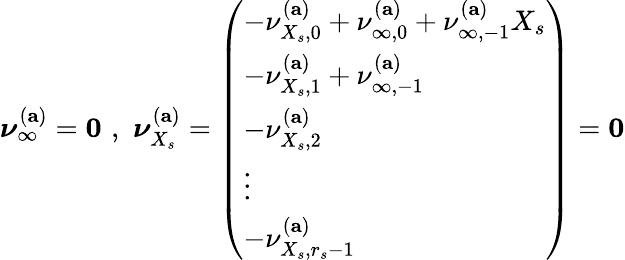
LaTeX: \boldsymbol{\nu}_{\infty}^{(\mathbf{a})}=\mathbf{0}\, \, ,\, \, \boldsymbol{\nu}_{X_{s}}^{(\mathbf{a})}=\left(\begin{array}{l}{-\nu_{{X_{s}},0}^{(\mathbf{a})}+\nu_{\infty,0}^{(\mathbf{a})}+\nu_{\infty,-1}^{(\mathbf{a})}X_{s}}\\ {-\nu_{{X_{s}},1}^{(\mathbf{a})}+\nu_{\infty,-1}^{(\mathbf{a})}}\\ {-\nu_{{X_{s}},2}^{(\mathbf{a})}}\\ {\vdots}\\ {-\nu_{{X_{s}},r_{s}-1}^{(\mathbf{a})}}\end{array}\right)=\mathbf{0}